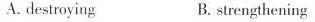
A. destroying B. strengthening